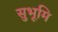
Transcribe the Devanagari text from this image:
सुभूमि